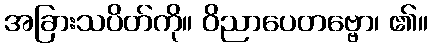
အခြားသပိတ်ကို။ ဝိညာပေတဗ္ဗော၊ ၏။